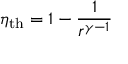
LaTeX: \eta _ { \mathrm { { t h } } } = 1 - { \frac { 1 } { r ^ { \gamma - 1 } } }